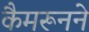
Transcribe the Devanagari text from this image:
कैमरूनने